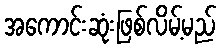
အကောင်းဆုံးဖြစ်လိမ့်မည်